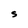
Character: S